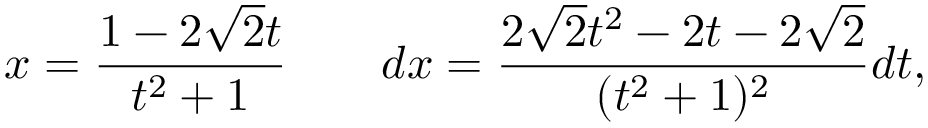
x = { \frac { 1 - 2 { \sqrt { 2 } } t } { t ^ { 2 } + 1 } } \qquad d x = { \frac { 2 { \sqrt { 2 } } t ^ { 2 } - 2 t - 2 { \sqrt { 2 } } } { ( t ^ { 2 } + 1 ) ^ { 2 } } } d t ,